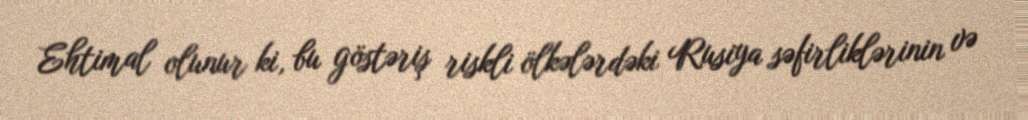
Ehtimal olunur ki, bu göstəriş riskli ölkələrdəki Rusiya səfirliklərinin və